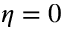
\eta = 0